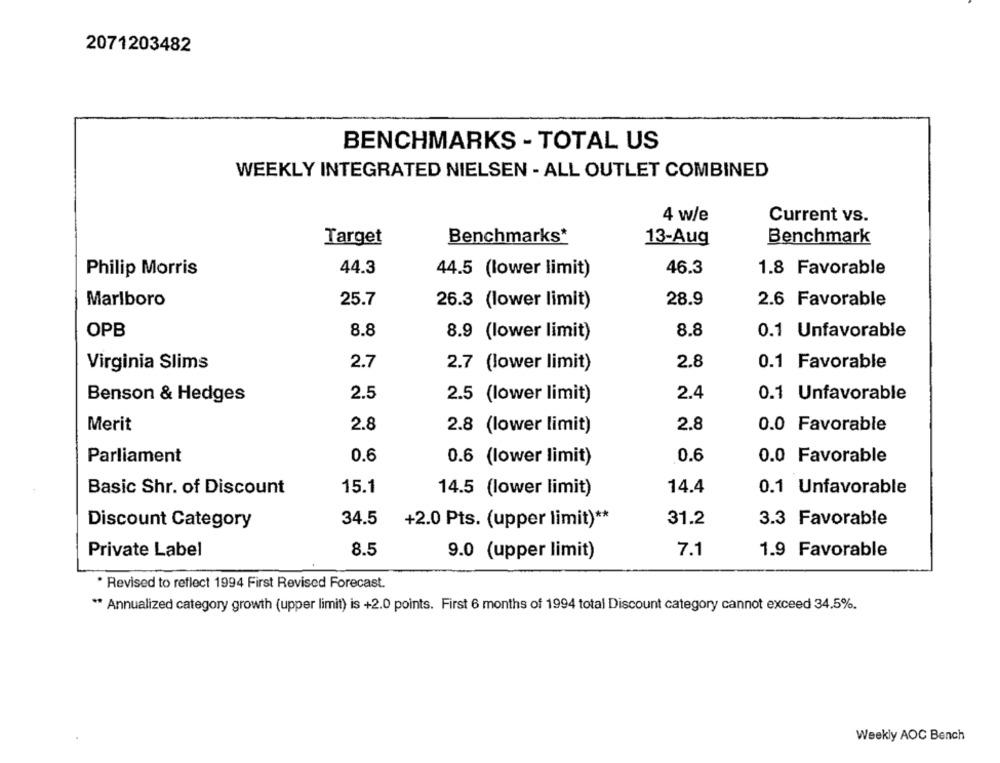
2071203482
BENCHMARKS - TOTAL US
WEEKLY INTEGRATED NIELSEN - ALL OUTLET COMBINED
4 w/e
Current vs.
Target
Benchmarks*
13-Aug
Benchmark
Philip Morris
44.3
44.5 (lower limit)
46.3
1.8 Favorable
Marlboro
25.7
26.3 (lower limit)
28.9
2.6 Favorable
OPB
8.8
8.9 (lower limit)
8.8
0.1 Unfavorable
Virginia Slims
2.7
2.7 (lower limit)
2.8
0.1 Favorable
2.5
2.5 (lower limit)
2.4
0.1 Unfavorable
Benson & Hedges
Merit
2.8
2.8
0.0 Favorable
2.8 (lower limit)
Parliament
0.6
0.6
0.0 Favorable
0.6 (lower limit)
15.1
14.4
0.1 Unfavorable
Basic Shr. of Discount
14.5 (lower limit)
31.2
Discount Category
34.5
+2.0 Pts. (upper limit) **
3.3 Favorable
Private Label
8.5
9.0 (upper limit)
7.1
1.9 Favorable
* Revised to reflect 1994 First Revised Forecast.
** Annualized category growth (upper limit) is +2.0 points. First 6 months of 1994 total Discount category cannot exceed 34.5%.
Weekly AOC Bench